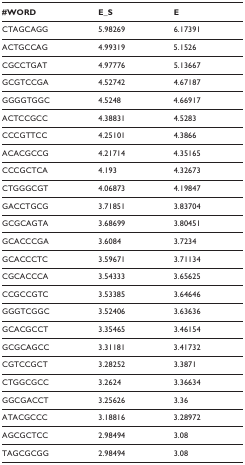
| #WORD | E_S | E |
 | --- | --- | --- |
 | CTAGCAGG | 5.98269 | 6.17391 |
 | ACTGCCAG | 4.99319 | 5.1526 |
 | CGCCTGAT | 4.97776 | 5.13667 |
 | GCGTCCGA | 4.52742 | 4.67187 |
 | GGGGTGGC | 4.5248 | 4.66917 |
 | ACTCCGCC | 4.38831 | 4.5283 |
 | CCCGTTCC | 4.25101 | 4.3866 |
 | ACACGCCG | 4.21714 | 4.35165 |
 | CCCGCTCA | 4.193 | 4.32673 |
 | CTGGGCGT | 4.06873 | 4.19847 |
 | GACCTGCG | 3.71851 | 3.83704 |
 | GCGCAGTA | 3.68699 | 3.80451 |
 | GCACCCGA | 3.6084 | 3.7234 |
 | GCACCCTC | 3.59671 | 3.71134 |
 | CGCACCCA | 3.54333 | 3.65625 |
 | CCGCCGTC | 3.53385 | 3.64646 |
 | GGGTCGGC | 3.52406 | 3.63636 |
 | GCACGCCT | 3.35465 | 3.46154 |
 | GCGCAGCC | 3.31181 | 3.41732 |
 | CGTCCGCT | 3.28252 | 3.3871 |
 | CTGGCGCC | 3.2624 | 3.36634 |
 | GGCGACCT | 3.25626 | 3.36 |
 | ATACGCCC | 3.18816 | 3.28972 |
 | AGCGCTCC | 2.98494 | 3.08 |
 | TAGCGCGG | 2.98494 | 3.08 |